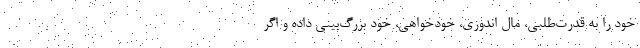
خود را به قدرت‌طلبی، مال اندوزی، خودخواهی، خود بزرگ‌بینی داده و اگر